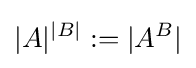
|A|^{|B|}:=|A^{B}|